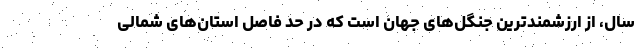
سال، از ارزشمندترین جنگل‌های جهان است که در حد فاصل استان‌های شمالی